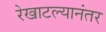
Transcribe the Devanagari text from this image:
रेखाटल्यानंतर